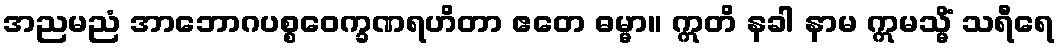
အညမညံ အာဘောဂပစ္စဝေက္ခဏရဟိတာ ဧတေ ဓမ္မာ။ ဣတိ နခါ နာမ ဣမသ္မိံ သရီရေ